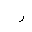
Letter: _ra